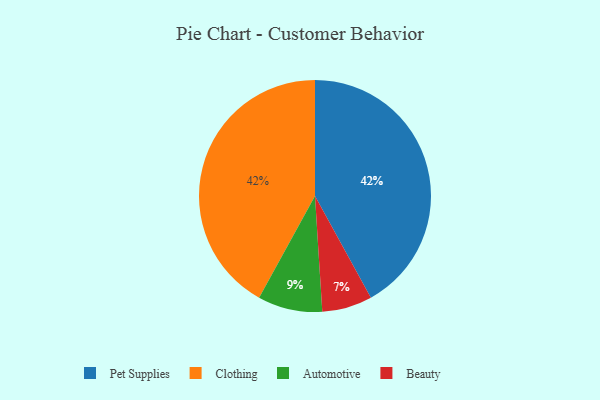
{"axis": {"x": "Category", "y": "Percentage"}, "legend": ["Automotive", "Beauty", "Clothing", "Pet Supplies"], "data": [{"x": "Beauty", "y": 7, "type": "Beauty"}, {"x": "Automotive", "y": 9, "type": "Automotive"}, {"x": "Pet Supplies", "y": 42, "type": "Pet Supplies"}, {"x": "Clothing", "y": 42, "type": "Clothing"}]}